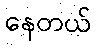
နေတယ်